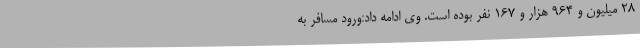
28 میلیون و 964 هزار و 167 نفر بوده است. وی ادامه داد:ورود مسافر به